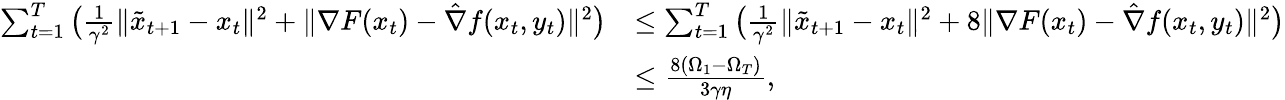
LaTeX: \begin{array}{rl}{\sum_{t=1}^{T}\big(\frac{1}{\gamma^{2}}\| \tilde{x}_{t+1}-x_{t}\| ^{2}+\| \nabla F(x_{t})-\hat{\nabla}f(x_{t},y_{t})\| ^{2}\big)}&{\leq\sum_{t=1}^{T}\big(\frac{1}{\gamma^{2}}\| \tilde{x}_{t+1}-x_{t}\| ^{2}+8\| \nabla F(x_{t})-\hat{\nabla}f(x_{t},y_{t})\| ^{2}\big)}\\ &{\leq\frac{8(\Omega_{1}-\Omega_{T})}{3\gamma\eta},}\end{array}